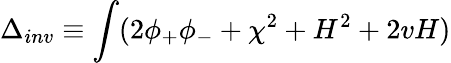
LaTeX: \Delta_{inv}\equiv\int(2\phi_{+}\phi_{-}+\chi^{2}+H^{2}+2vH)